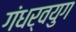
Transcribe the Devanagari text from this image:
गंधर्वयुग